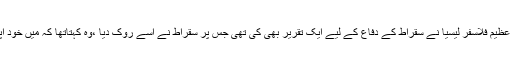
مقدمے کے دوران ایتھنز کے عظیم فلاسفر لیسیا نے سقراط کے دفاع کے لیے ایک تقریر بھی کی تھی جس پر سقراط نے اسے روک دیا ،وہ کہتاتھا کہ میں خود اپنے دفاع کی اہلیت رکھتا ہوں۔